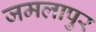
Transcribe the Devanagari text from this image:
जमलापुर